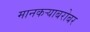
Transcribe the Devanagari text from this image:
मानकऱ्याबरोबर